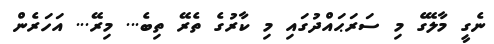
ނެގީ މާލޭގެ މި ސަރަޙައްދުގައި މި ކާރުގެ ތެރޭ ތިބެ... މިރޭ... އަހަރެން